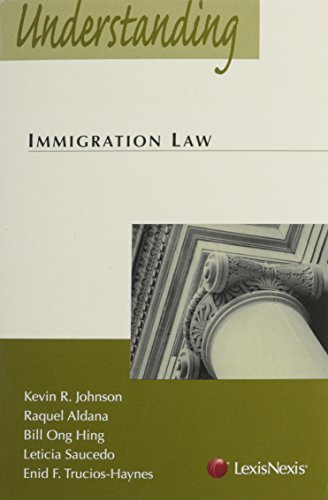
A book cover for Understanding Immigration Law; Kevin R. Johnson; Law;